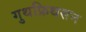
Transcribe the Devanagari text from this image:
गुथफ्रिथसन